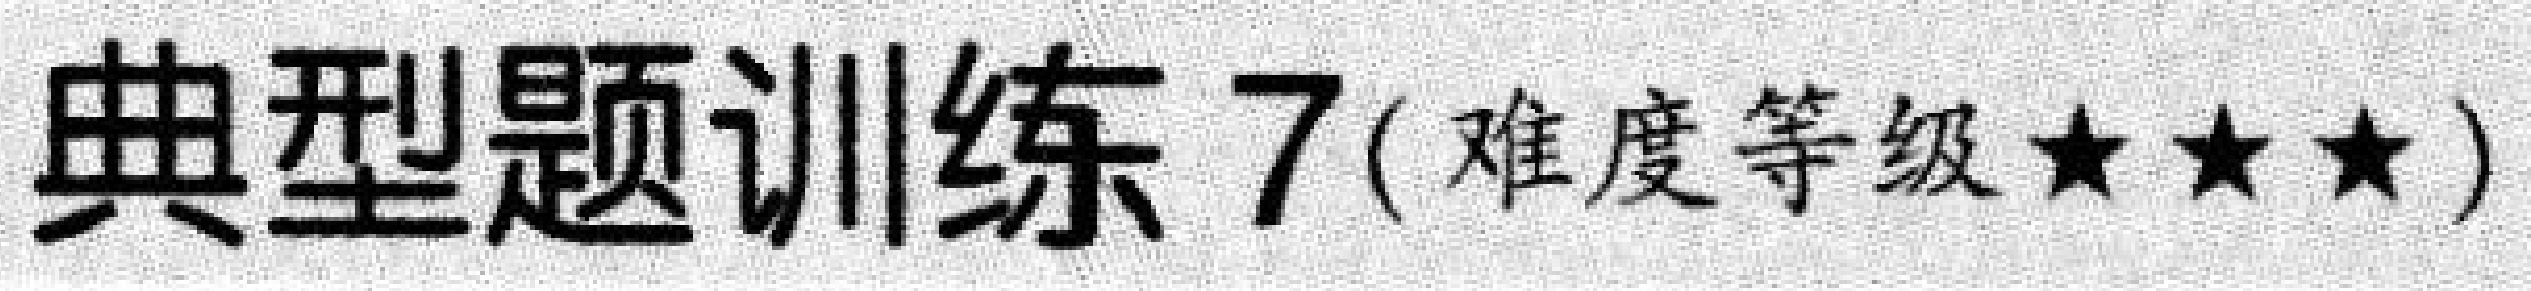
典型题训练 7(难度等级★★★)